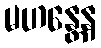
မဟန္တေန